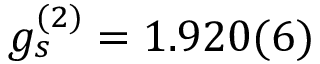
g _ { s } ^ { ( 2 ) } = 1 . 9 2 0 ( 6 )